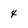
Character: 4